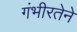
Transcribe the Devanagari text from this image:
गंभीरतेने